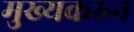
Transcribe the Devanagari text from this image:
मुख्यकरुन